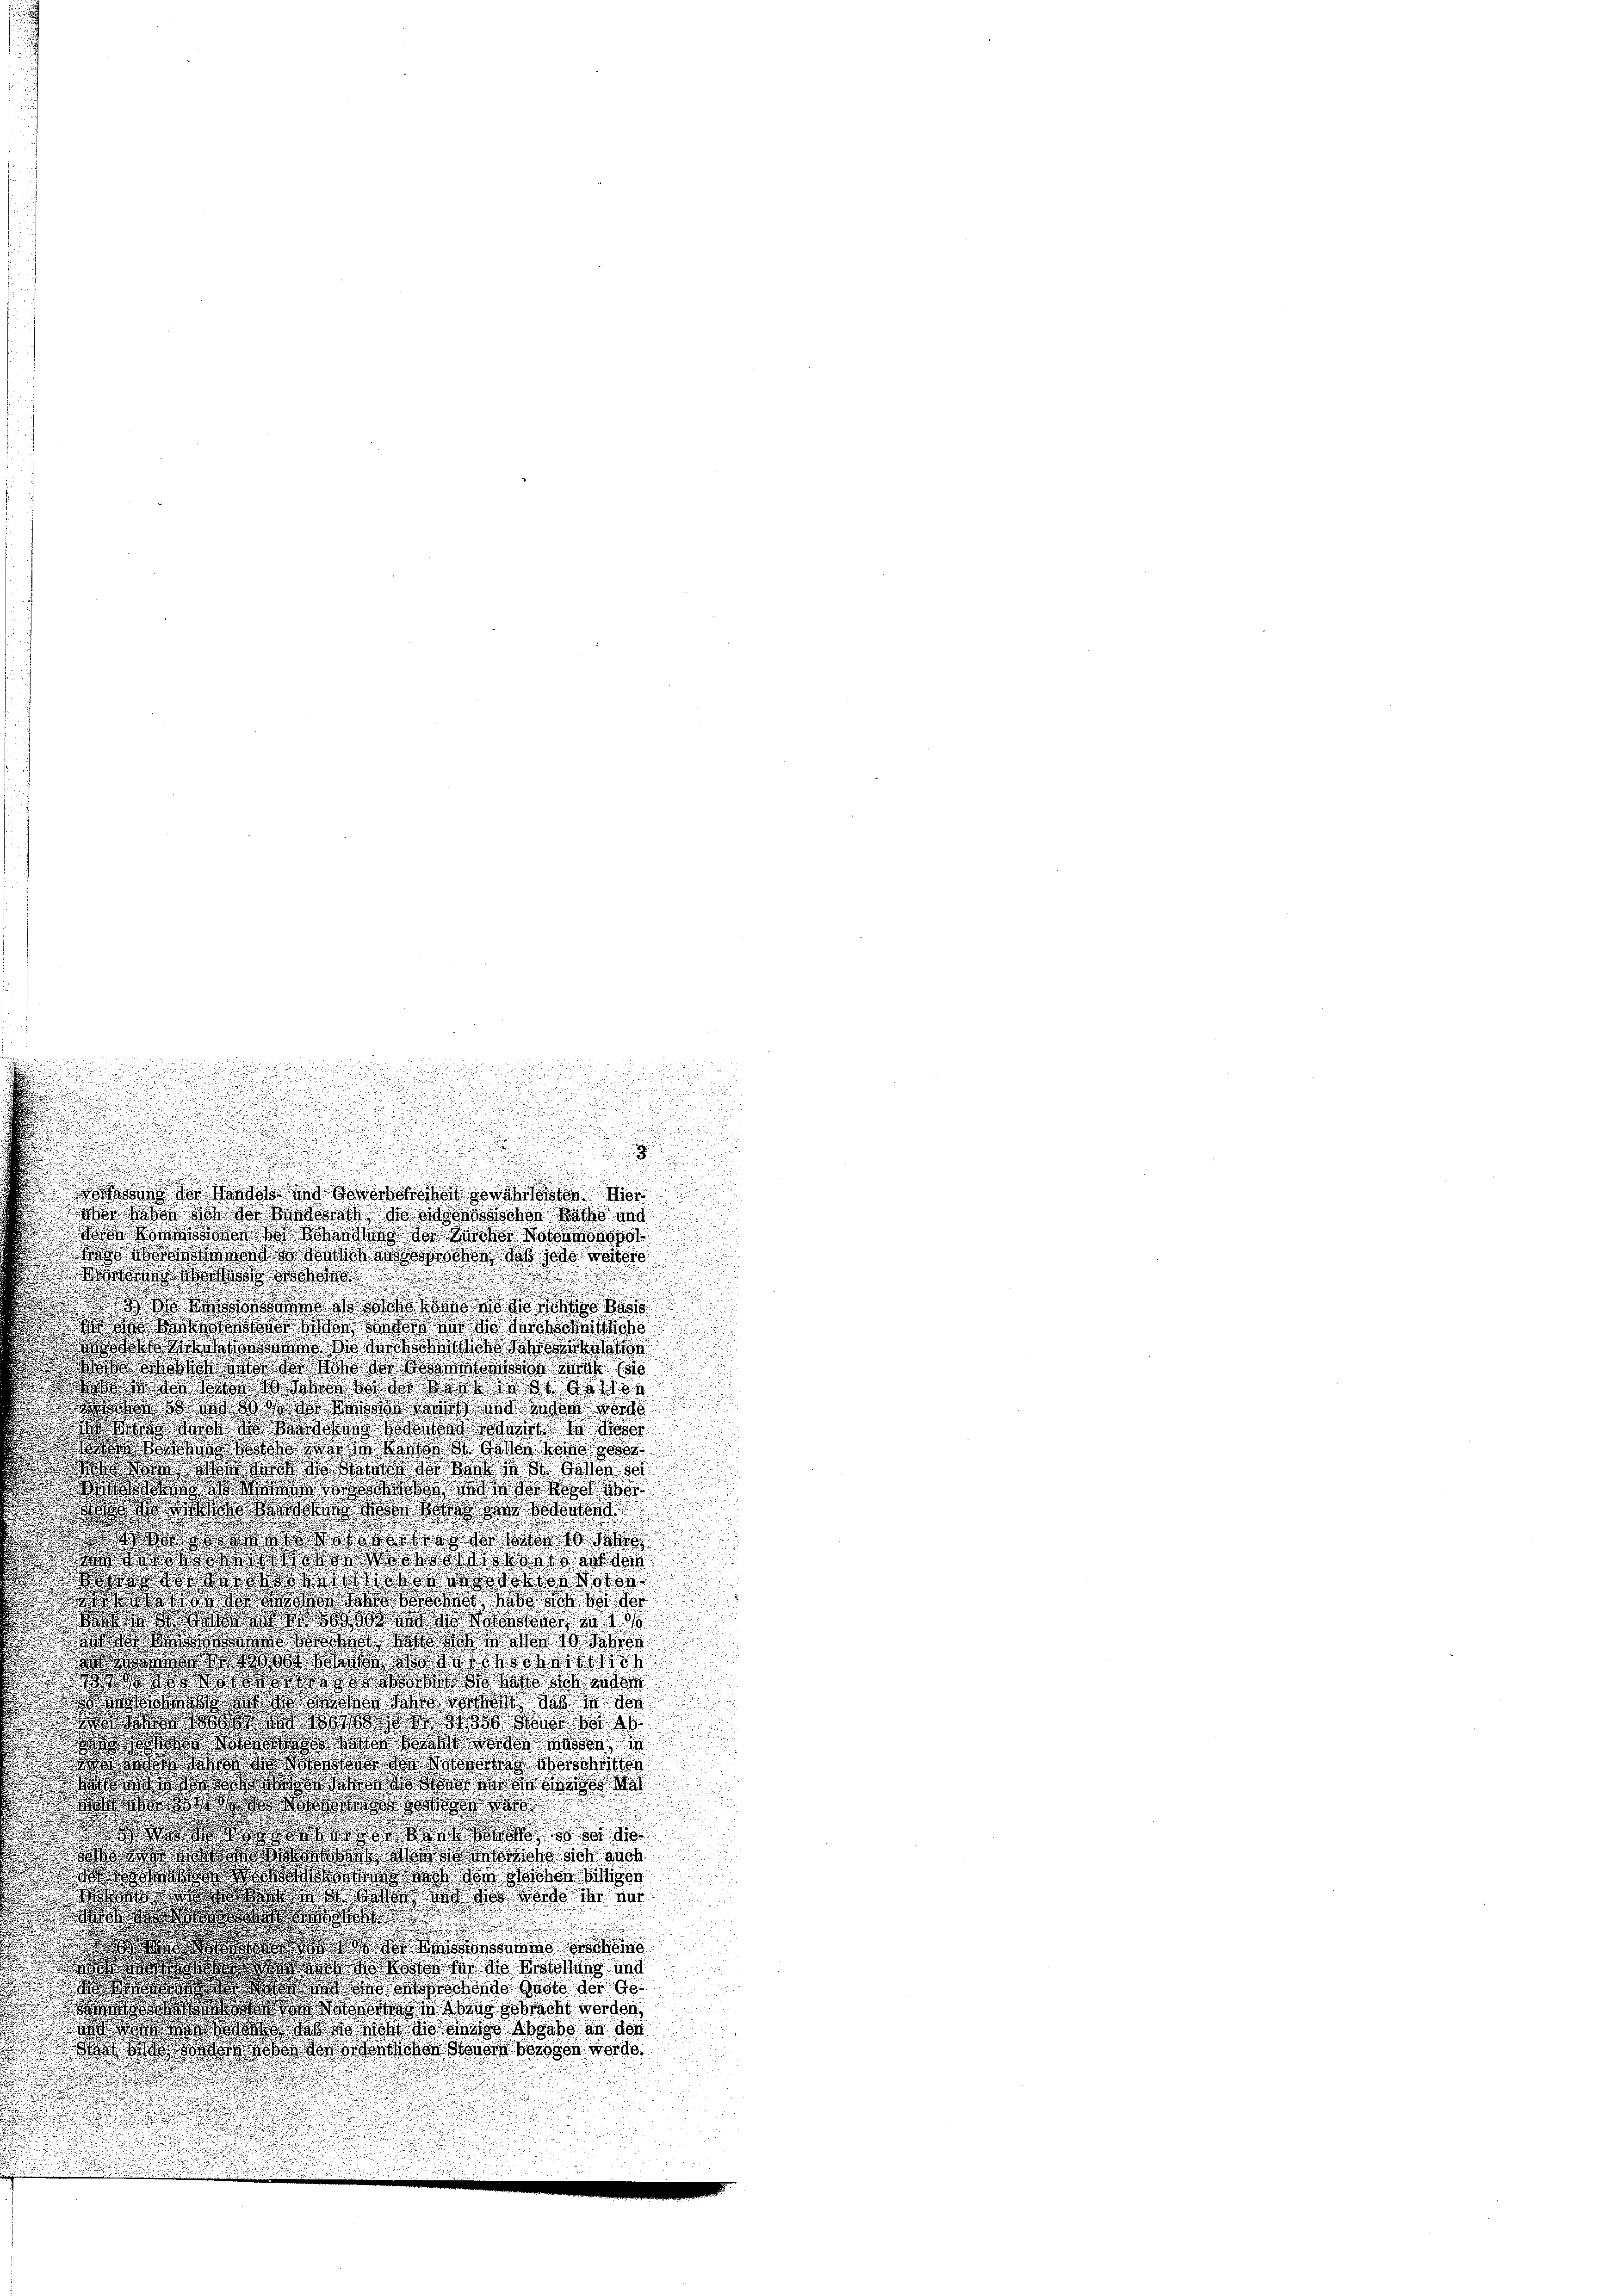
u

i
.

.

n

.
u
.

.
d
.

  es in der aber der Her
os habe so wird dass es schnischen Raths und
b  da der die Not
a dachte das solo motor
.
d

i   der schliche
a o das doch de
etas so solo deut
da, was doch die in den
 Was er so was der aber
d ordert es dort der diese
 to an das St. Gatten Hand so
dos des doch des Sand das Gese
o dass ich die die
dass es wird von an den der
dos das das
War dass d
was die das sie das Noten
stoßes donate der ob sich bei der
de das was so wir das in 1 1
s was dass dass es der 10 der
dr das dass da des
dos das
s d do das die droit des
so das da da
dass das dort dene Kranke we
do dass dass erste
dos des des Sal
wo das
odor de
w   da sich doch
   den sicher eiger
 gold so da dass der ver

d an
dres dann an des Kistehung und
d was da dote der Ge
Was dass das ad in Wind gebracht werden,
 das so sich die eines habe er der
  das Was hohen dass sichen Gener bessen werde.

¬

n